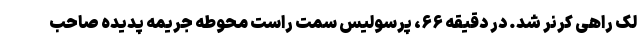
لک راهی کرنر شد. در دقیقه ۶۶، پرسولیس سمت راست محوطه جریمه پدیده صاحب